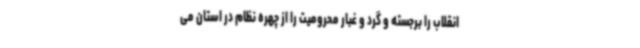
انقلاب را برجسته و گرد و غبار محرومیت را از چهره نظام در استان می